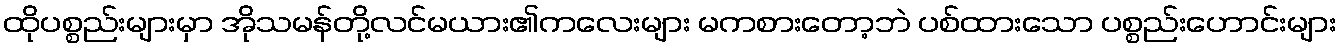
ထိုပစ္စည်းများမှာ အိုသမန်တို့လင်မယား၏ကလေးများ မကစားတော့ဘဲ ပစ်ထားသော ပစ္စည်းဟောင်းများ